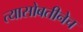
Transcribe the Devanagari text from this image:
त्यासोबतीनेच